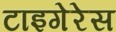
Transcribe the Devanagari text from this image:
टाइगेरेस